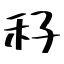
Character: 秄